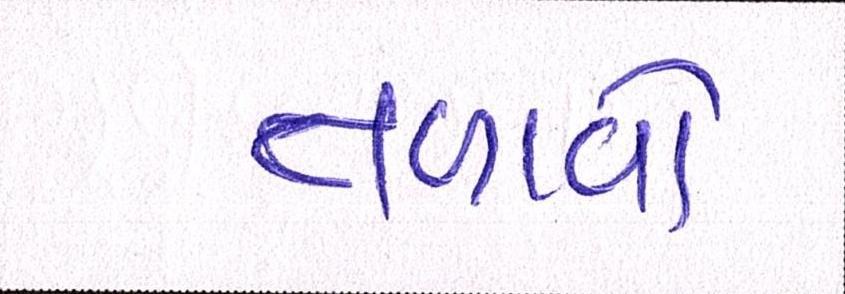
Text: તાળાવો